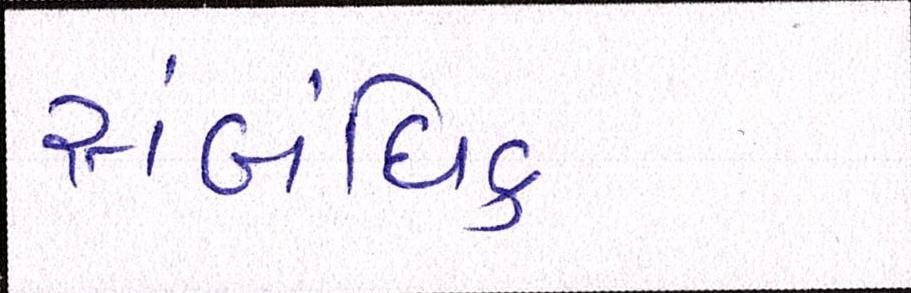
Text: સંબંધિક